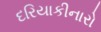
દરિયાકીનારો